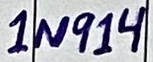
Text: 1N914